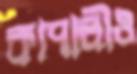
কাপালীও